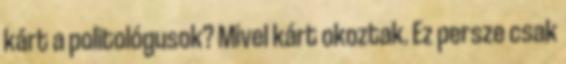
kárt a politológusok? Mivel kárt okoztak. Ez persze csak